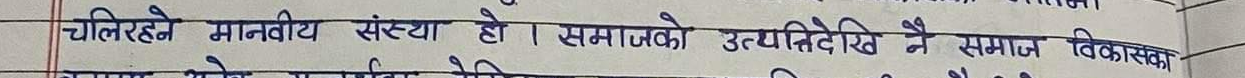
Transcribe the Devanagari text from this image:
चल्हेरहने मानवीय संस्था हो । समाजको उन्नतिदेखिने समाज विकासका